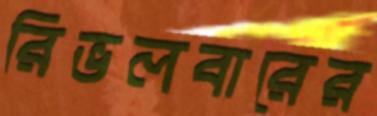
রিভলবারের